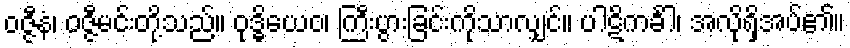
ဝဇ္ဇီနံ၊ ဝဇ္ဇီမင်းတို့သည်။ ဝုဒ္ဓိယေဝ၊ ကြီးပွားခြင်းကိုသာလျှင်။ ပါဋိကင်္ခါ၊ အလိုရှိအပ်၏။